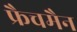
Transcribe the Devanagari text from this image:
फ्रैचमैन